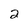
Character: 2